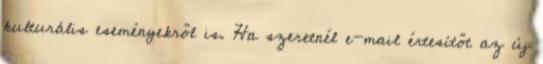
kulturális eseményekről is. Ha szeretnél e-mail értesítőt az új